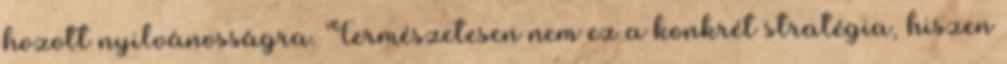
hozott nyilvánosságra. Természetesen nem ez a konkrét stratégia, hiszen